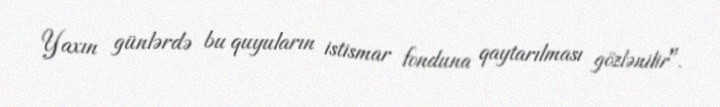
Yaxın günlərdə bu quyuların istismar fonduna qaytarılması gözlənilir".